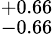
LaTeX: ^{+0.66}_{-0.66}